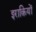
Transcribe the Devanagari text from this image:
इराक़ियों